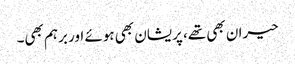
حیران بھی تھے، پریشان بھی ہوئے اور برہم بھی۔